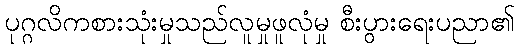
ပုဂ္ဂလိကစားသုံးမှုသည်လူမှုဖူလုံမှု စီးပွားရေးပညာ၏